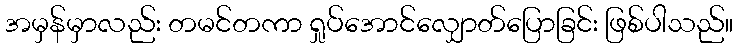
အမှန်မှာလည်း တမင်တကာ ရှုပ်အောင်လျှောတ်ပြောခြင်း ဖြစ်ပါသည်။